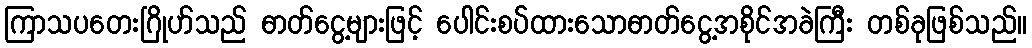
ကြာသပတေးဂြိုဟ်သည် ဓာတ်ငွေ့များဖြင့် ပေါင်းစပ်ထားသောဓာတ်ငွေ့အစိုင်အခဲကြီး တစ်ခုဖြစ်သည်။